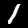
Digit: 1